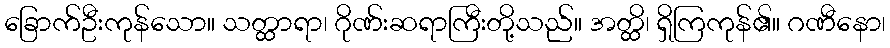
ခြောက်ဦးကုန်သော။ သတ္ထာရာ၊ ဂိုဏ်းဆရာကြီးတို့သည်။ အတ္ထိ၊ ရှိကြကုန်၏။ ဂဏီနော၊